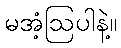
မအံ့ဩပါနဲ့။